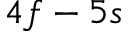
4 f - 5 s